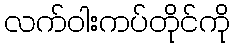
လက်ဝါးကပ်တိုင်ကို